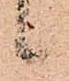
候